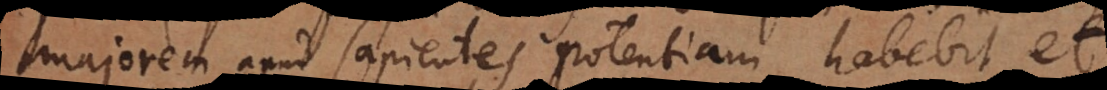
majorem apud sapientes potentiam habebit, et